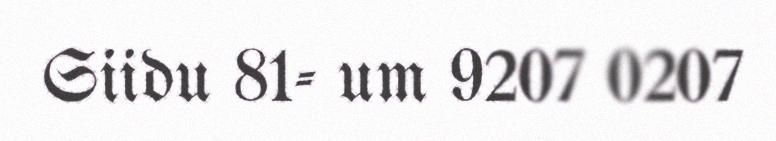
Siidu 81- um 9207 0207